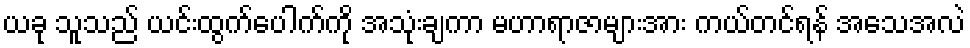
ယခု သူသည် ယင်းထွက်ပေါက်ကို အသုံးချကာ မဟာရာဇာများအား ကယ်တင်ရန် အသေအလဲ